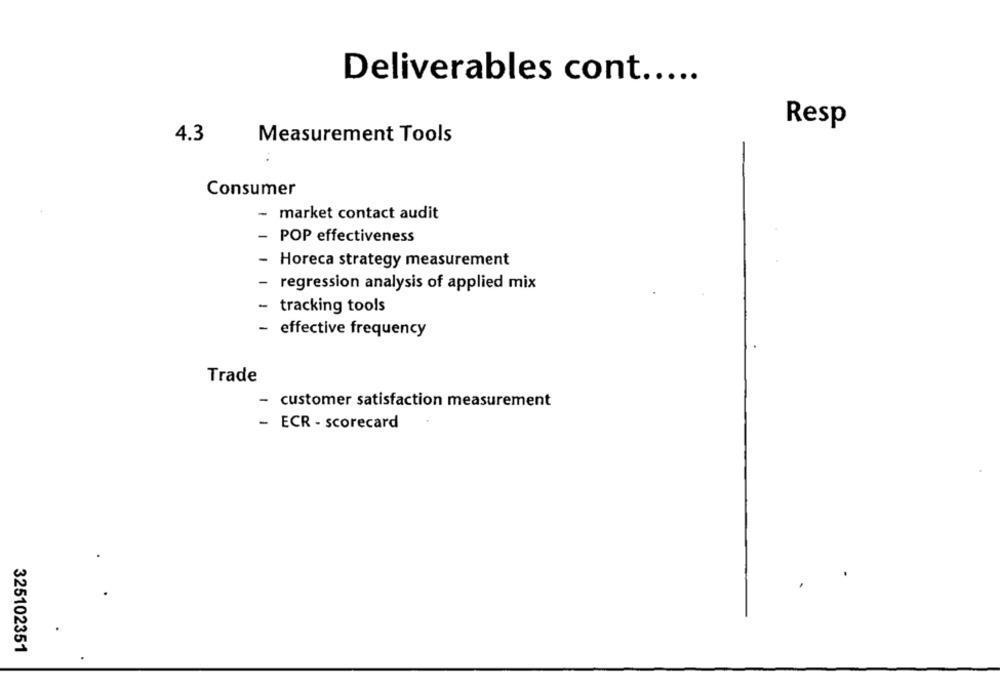
Deliverables cont .....
Resp
4.3
Measurement Tools
Consumer
- market contact audit
- POP effectiveness
- Horeca strategy measurement
regression analysis of applied mix
- tracking tools
- effective frequency
Trade
customer satisfaction measurement
.
- ECR - scorecard
325102351